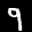
Label: 9